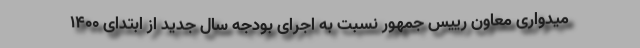
میدواری معاون رییس جمهور نسبت به اجرای بودجه سال جدید از ابتدای ۱۴۰۰